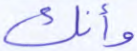
وأنك